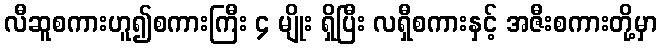
လီဆူစကားဟူ၍စကားကြီး ၄ မျိုး ရှိပြီး လရှီစကားနှင့် အဇီးစကားတို့မှာ